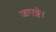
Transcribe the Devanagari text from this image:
जाएङ्गे।